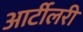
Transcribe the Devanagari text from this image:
आर्टीलरी